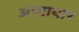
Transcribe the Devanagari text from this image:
अप्यायार